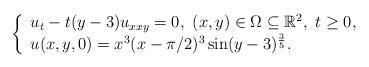
LaTeX: \begin{align*} \left\{ \begin{array}{ll} u_{t}-t(y-3)u_{xxy}=0,\ (x,y)\in \Omega\subseteq \mathbb{R}^2,\ t\geq 0, \\ u(x,y,0)=x^3(x-\pi/2)^3\sin (y-3)^{\frac{3}{5}}. \end{array} \right. \end{align*}